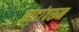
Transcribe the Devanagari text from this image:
झाडांवरून